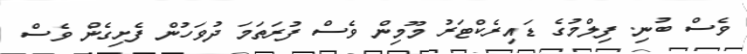
ވެސް ބުނި. ފިލްމުގެ ޑައިރެކްޓަރު މޫމިން ވެސް ފުރަތަމަ ދުވަހުން ފެށިގެން ވެސް